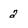
Character: 2